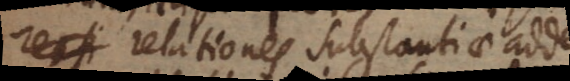
relationes substantiae addentium,